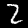
Label: 2